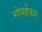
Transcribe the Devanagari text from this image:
गोवईकर